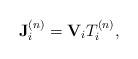
LaTeX: \begin{align*}\mathbf{J}^{(n)}_i=\mathbf{V}_iT^{(n)}_i,\end{align*}